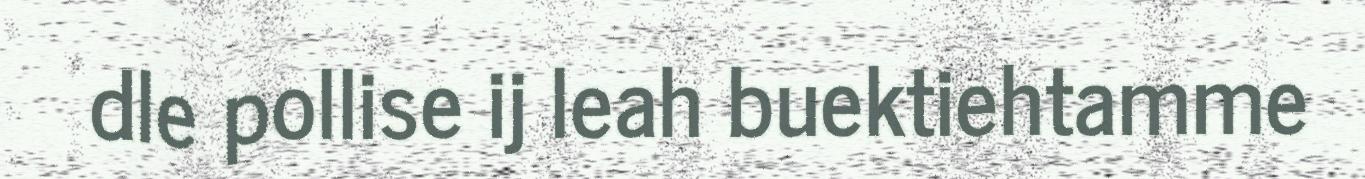
dle pollise ij leah buektiehtamme